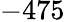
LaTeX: -475